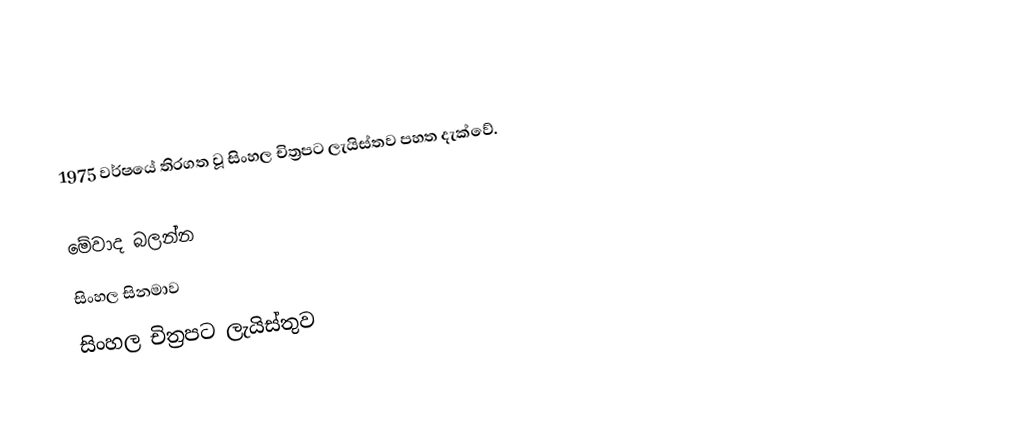
1975 වර්ෂයේ තිරගත වූ සිංහල චිත්‍රපට ලැයිස්තව පහත දැක්වේ.

මේවාද බලන්න
 සිංහල සිනමාව
 සිංහල චිත්‍රපට ලැයිස්තුව